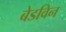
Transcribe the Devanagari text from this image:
बेडविन